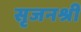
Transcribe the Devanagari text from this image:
सृजनश्री